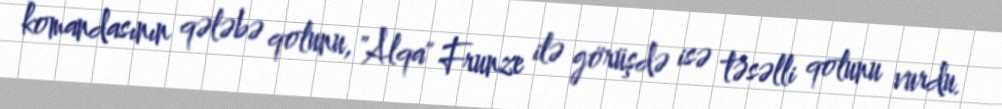
komandasının qələbə qolunu, "Alqa" Frunze ilə görüşdə isə təsəlli qolunu vurdu.